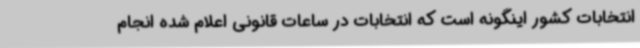
انتخابات کشور اینگونه است که انتخابات در ساعات قانونی اعلام شده انجام